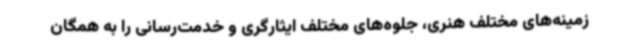
زمینه‌های مختلف هنری، جلوه‌های مختلف ایثارگری و خدمت‌رسانی را به همگان